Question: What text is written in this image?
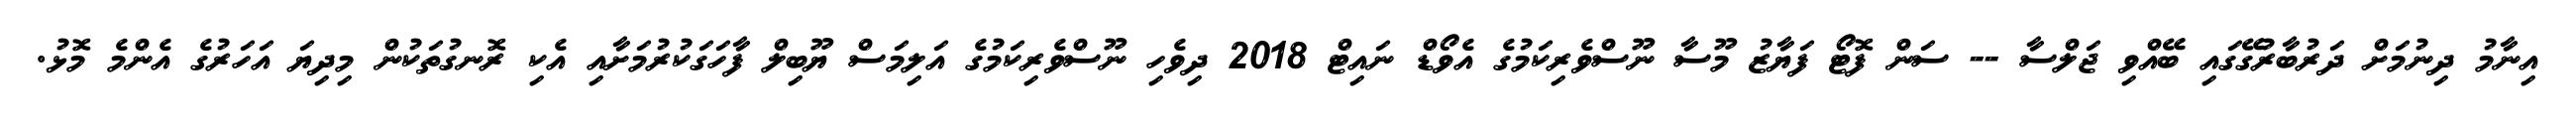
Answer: އިނާމު ދިނުމަށް ދަރުބާރުގޭގައި ބޭއްވި ޖަލްސާ -- ސަން ފޮޓޯ ފަޔާޒު މޫސާ ނޫސްވެރިކަމުގެ އެވޯޑް ނައިޓް 2018 ދިވެހި ނޫސްވެރިކަމުގެ އަލިމަސް ޔޫބިލް ފާހަގަކުރުމަށާއި އެކި ރޮނގުތަކުން މިދިޔަ އަހަރުގެ އެންމެ މޮޅު.